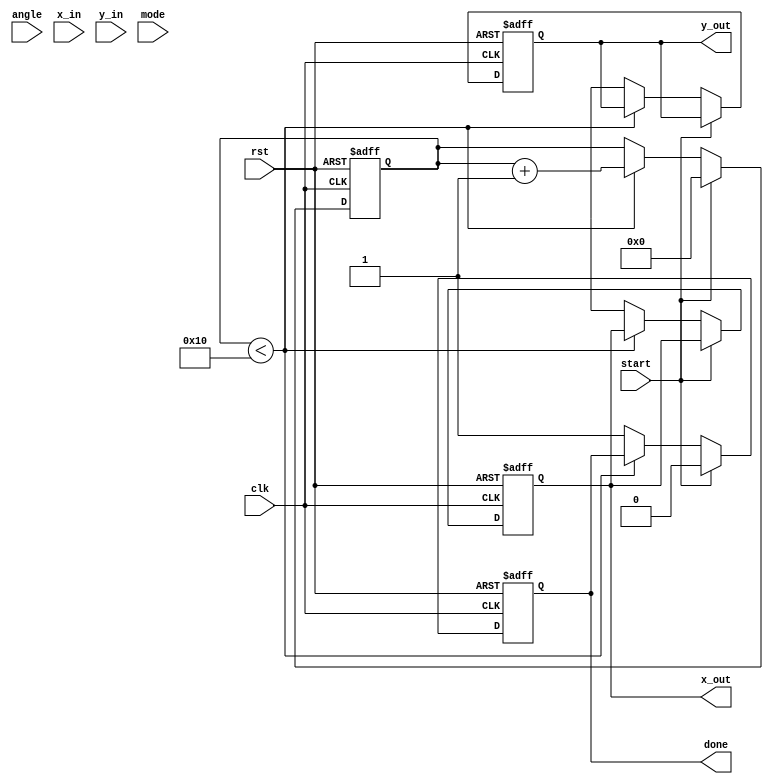
module CORDIC (
    input wire clk,
    input wire rst,
    input wire start,
    input wire [15:0] angle, // Input angle in fixed-point format
    input wire [15:0] x_in,  // Input x-coordinate
    input wire [15:0] y_in,  // Input y-coordinate
    input wire [1:0] mode,    // Operation mode: 00 - Rotation, 01 - Vectoring, 10 - Multiplication, 11 - Division
    output reg [15:0] x_out,  // Output x-coordinate
    output reg [15:0] y_out,  // Output y-coordinate
    output reg done           // Operation done signal
);

    // CORDIC parameters
    parameter NUM_ITERATIONS = 16;
    reg [15:0] x [0:NUM_ITERATIONS-1]; // x values
    reg [15:0] y [0:NUM_ITERATIONS-1]; // y values
    reg [15:0] z [0:NUM_ITERATIONS-1]; // z values (angle)
    reg [15:0] arctan [0:NUM_ITERATIONS-1]; // Arctangent lookup table
    reg [3:0] iteration; // Iteration counter
    reg [15:0] x_temp, y_temp, z_temp; // Temporary variables

    // Initialize arctan values (in fixed-point format)
    initial begin
        arctan[0] = 16'h2000; // atan(1) = 45 degrees in fixed-point
        arctan[1] = 16'h1000; // atan(0.5)
        arctan[2] = 16'h0800; // atan(0.25)
        // ... Initialize other arctan values ...
        arctan[NUM_ITERATIONS-1] = 16'h0001; // atan(0)
    end

    // Control logic
    always @(posedge clk or posedge rst) begin
        if (rst) begin
            iteration <= 0;
            done <= 0;
            x_out <= 0;
            y_out <= 0;
        end else if (start) begin
            // Initialize x and y
            x[0] <= x_in;
            y[0] <= y_in;
            z[0] <= angle;
            iteration <= 0;
            done <= 0;
        end else if (iteration < NUM_ITERATIONS) begin
            // CORDIC iterative process
            x_temp = x[iteration];
            y_temp = y[iteration];
            z_temp = z[iteration];

            // Perform rotation or vectoring based on mode
            if (mode == 2'b00) begin // Rotation
                if (z_temp >= 0) begin
                    x[iteration + 1] = x_temp - (y_temp >>> iteration);
                    y[iteration + 1] = y_temp + (x_temp >>> iteration);
                    z[iteration + 1] = z_temp - arctan[iteration];
                end else begin
                    x[iteration + 1] = x_temp + (y_temp >>> iteration);
                    y[iteration + 1] = y_temp - (x_temp >>> iteration);
                    z[iteration + 1] = z_temp + arctan[iteration];
                end
            end else if (mode == 2'b01) begin // Vectoring
                // Implement vectoring logic here
            end else if (mode == 2'b10) begin // Multiplication
                // Implement multiplication logic here
            end else if (mode == 2'b11) begin // Division
                // Implement division logic here
            end

            iteration <= iteration + 1;
        end else begin
            // Output results
            x_out <= x[NUM_ITERATIONS];
            y_out <= y[NUM_ITERATIONS];
            done <= 1;
        end
    end

endmodule